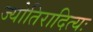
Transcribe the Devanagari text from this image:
ज्योतिरादित्यः